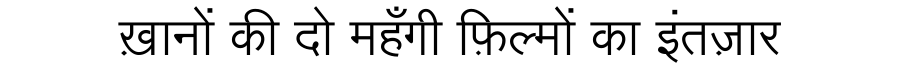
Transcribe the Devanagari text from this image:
ख़ानों की दो महँगी फ़िल्मों का इंतज़ार